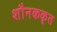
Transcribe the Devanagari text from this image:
शौनककृत